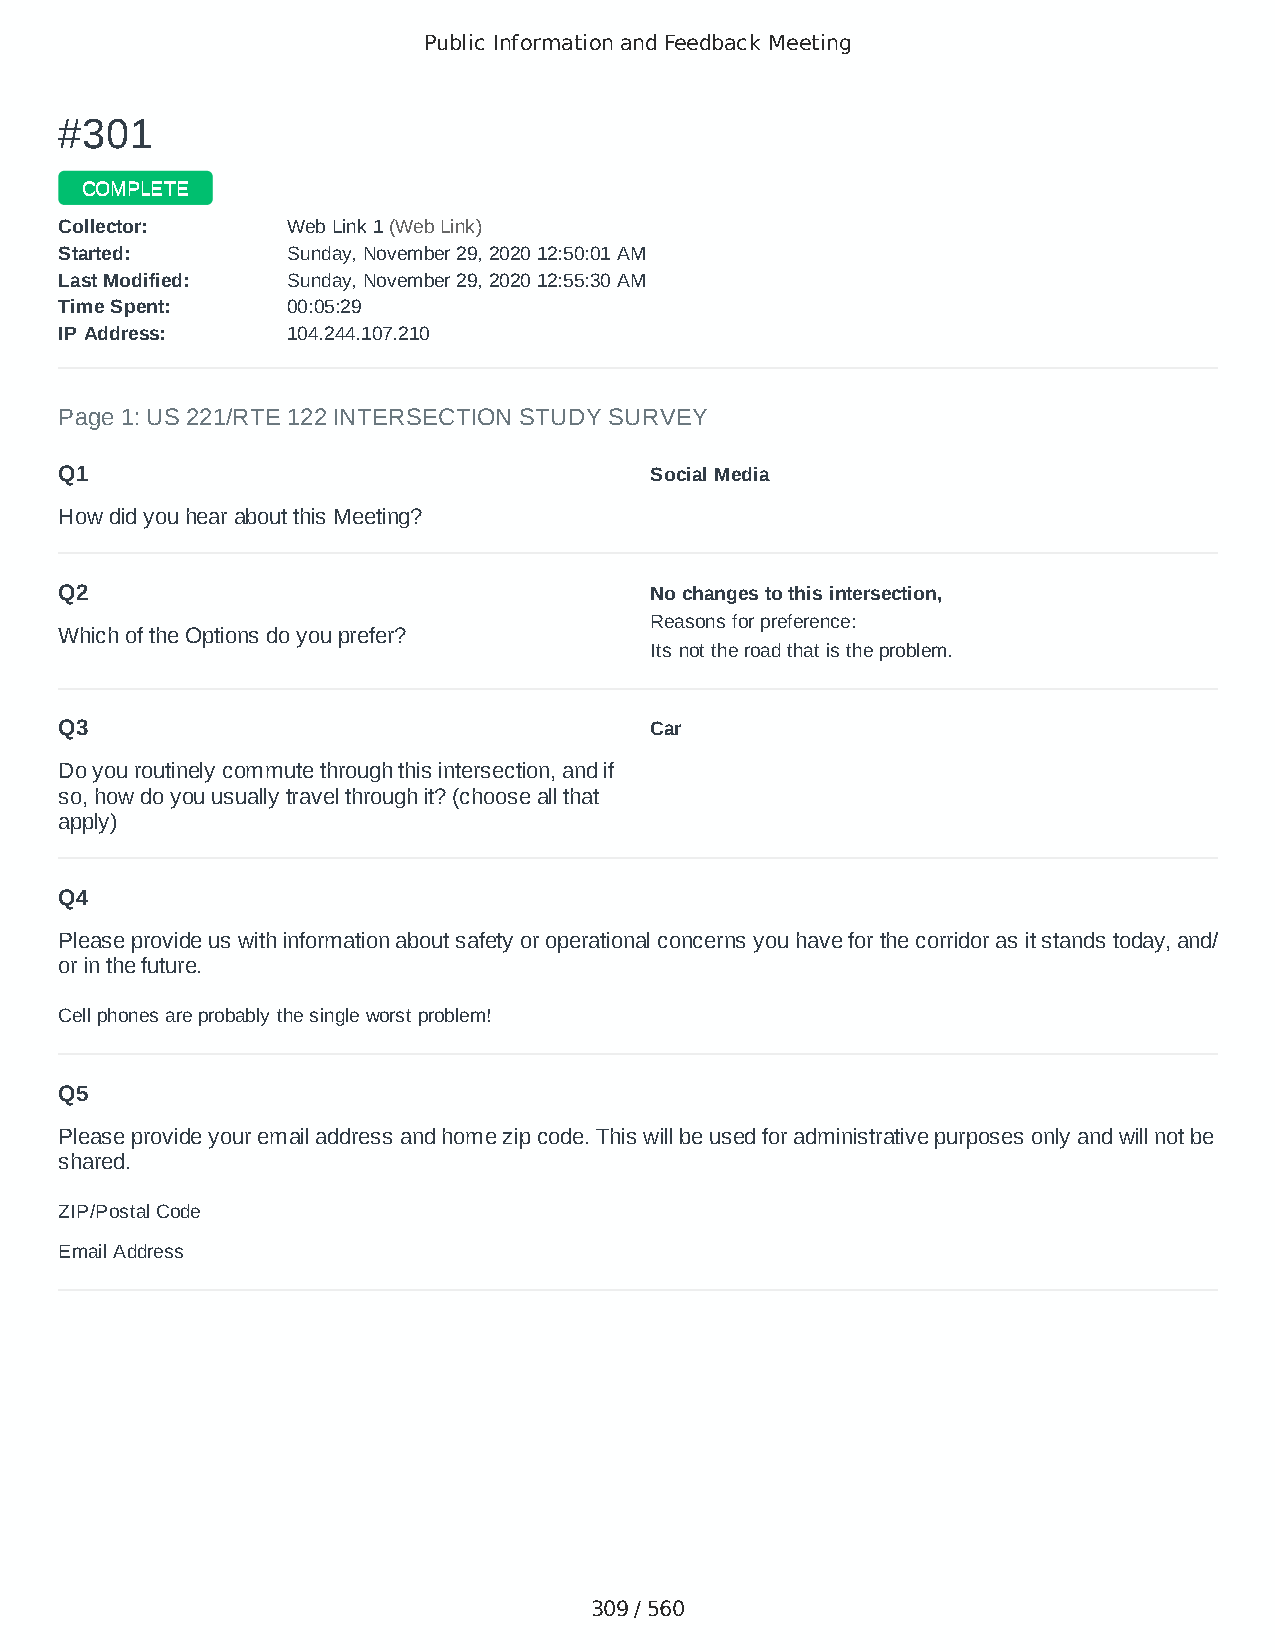
Public Information and Feedback Meeting
 ##330011
 CCOOMMPPLLEETTEE
 CCoolllleeccttoorr:: WWeebb LLiinnkk 11 ((WWeebb LLiinnkk))
 SSttaarrtteedd:: SSuunnddaayy,, NNoovveemmbbeerr 2299,, 22002200 1122::5500::0011 AAMM
 LLaasstt MMooddiiffiieedd:: SSuunnddaayy,, NNoovveemmbbeerr 2299,, 22002200 1122::5555::3300 AAMM
 TTiimmee SSppeenntt:: 0000::0055::2299
 IIPP AAddddrreessss:: 110044..224444..110077..221100
 Page 1: US 221/RTE 122 INTERSECTION STUDY SURVEY
 Q1                                     Social Media
 How did you hear about this Meeting?
 Q2                                     No changes to this intersection,
 Reasons for preference:
 Which of the Options do you prefer?
 Its not the road that is the problem.
 Q3                                     Car
 Do you routinely commute through this intersection, and if
 so, how do you usually travel through it? (choose all that
 apply)
 Q4
 Please provide us with information about safety or operational concerns you have for the corridor as it stands today, and/
 or in the future.
 Cell phones are probably the single worst problem!
 Q5
 Please provide your email address and home zip code. This will be used for administrative purposes only and will not be
 shared.
 ZIP/Postal Code                        24523
 Email Address                          Damie331@yahoo.com
 309 / 560